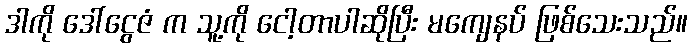
ဒါကို ဒေါ်ငွေဇံ က သူ့ကို ငေါ့တာပါဆိုပြီး မကျေနပ် ဖြစ်သေးသည်။